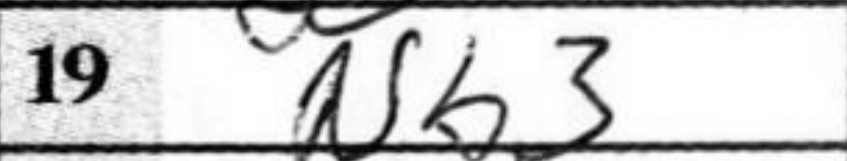
Transcription: Nb3